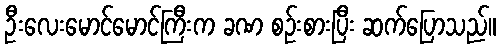
ဦးလေးမောင်မောင်ကြီးက ခဏ စဉ်းစားပြီး ဆက်ပြောသည်။